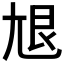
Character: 𡯣